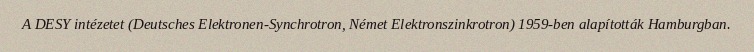
A DESY intézetet (Deutsches Elektronen-Synchrotron, Német Elektronszinkrotron) 1959-ben alapították Hamburgban.